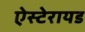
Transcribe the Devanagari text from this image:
ऐस्टेरायड